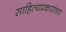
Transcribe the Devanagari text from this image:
साहित्यप्रकारांच्या